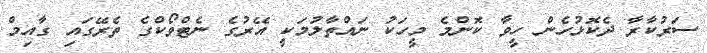
ސަރުކާރާ ދެކޮޅުހެން ހީވާ ކޮންމެ މީހަކު ނައްތާލުމަކީ އޭރުގެ ނެޓްވޯކްގެ ތެރޭގައި ގާއިމް